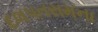
દલપતરામના